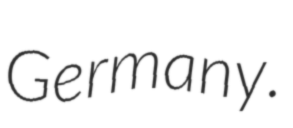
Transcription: Germany.